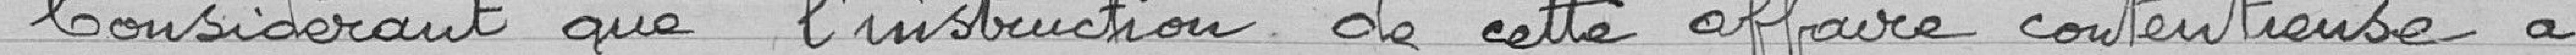
Considérant que l'instruction de cette affaire contentieuse a